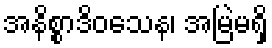
အနိစ္စာဒိဝသေန၊ အမြဲမရှိ